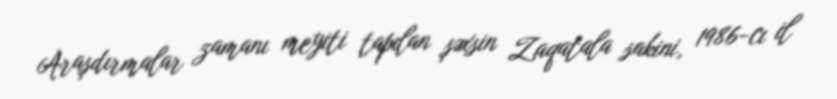
Araşdırmalar zamanı meyiti tapılan şəxsin Zaqatala sakini, 1986-cı il